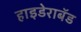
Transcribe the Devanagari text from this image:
हाइडेराबॅड